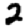
Digit: 2